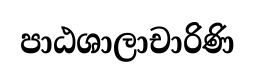
පාඨශාලාචාරිණි